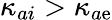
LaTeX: \kappa_{ai}>\kappa_{a\mathrm{e}}